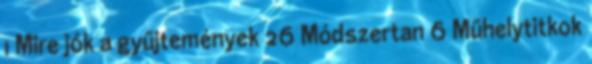
1 Mire jók a gyűjtemények 26 Módszertan 6 Műhelytitkok